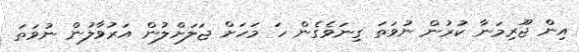
އިން ޖޫރިމަނާ ކުރުން ނުވަތަ ގިނަވެގެން ހަ މަހަށް ޖަލަށްލުން އަރުވާލުން ނުވަތަ